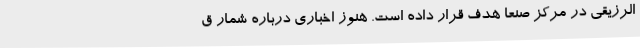
الرزیقی در مرکز صنعا هدف قرار داده است. هنوز اخباری درباره شمار ق